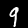
Label: 9